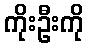
ကိုးဦးကို